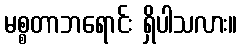
မစ္စတာဘရောင်း ရှိပါသလား။